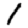
Digit: 1